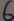
Text: 6